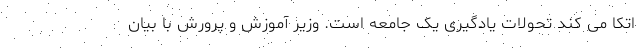
اتکا می کند تحولات یادگیری یک جامعه است. وزیر آموزش و پرورش با بیان